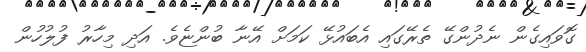
ގޮވައިގެން ނެދުންގޭ ތެރޭގައި އެބައުޅޭ ކަމަށް އޭނާ ބުންޏެވެ. އަދި މިހާރު ފުލުހުން